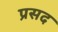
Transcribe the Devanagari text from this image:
प्रसद